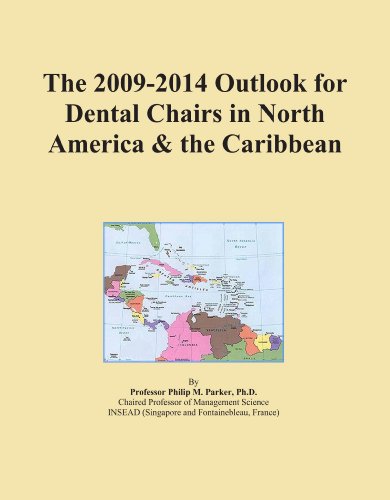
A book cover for The 2009-2014 Outlook for Dental Chairs in North America & the Caribbean; Icon Group International; Medical Books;